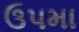
ઉપમા